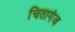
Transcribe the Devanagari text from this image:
चितागंज